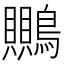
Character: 䴍